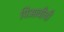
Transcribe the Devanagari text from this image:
पिआवीची